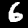
Label: 6